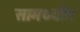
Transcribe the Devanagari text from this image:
सामर्थ्यांत